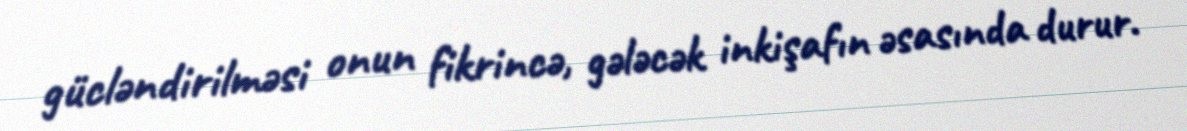
gücləndirilməsi onun fikrincə, gələcək inkişafın əsasında durur.